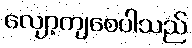
လျော့ကျစေပါသည်